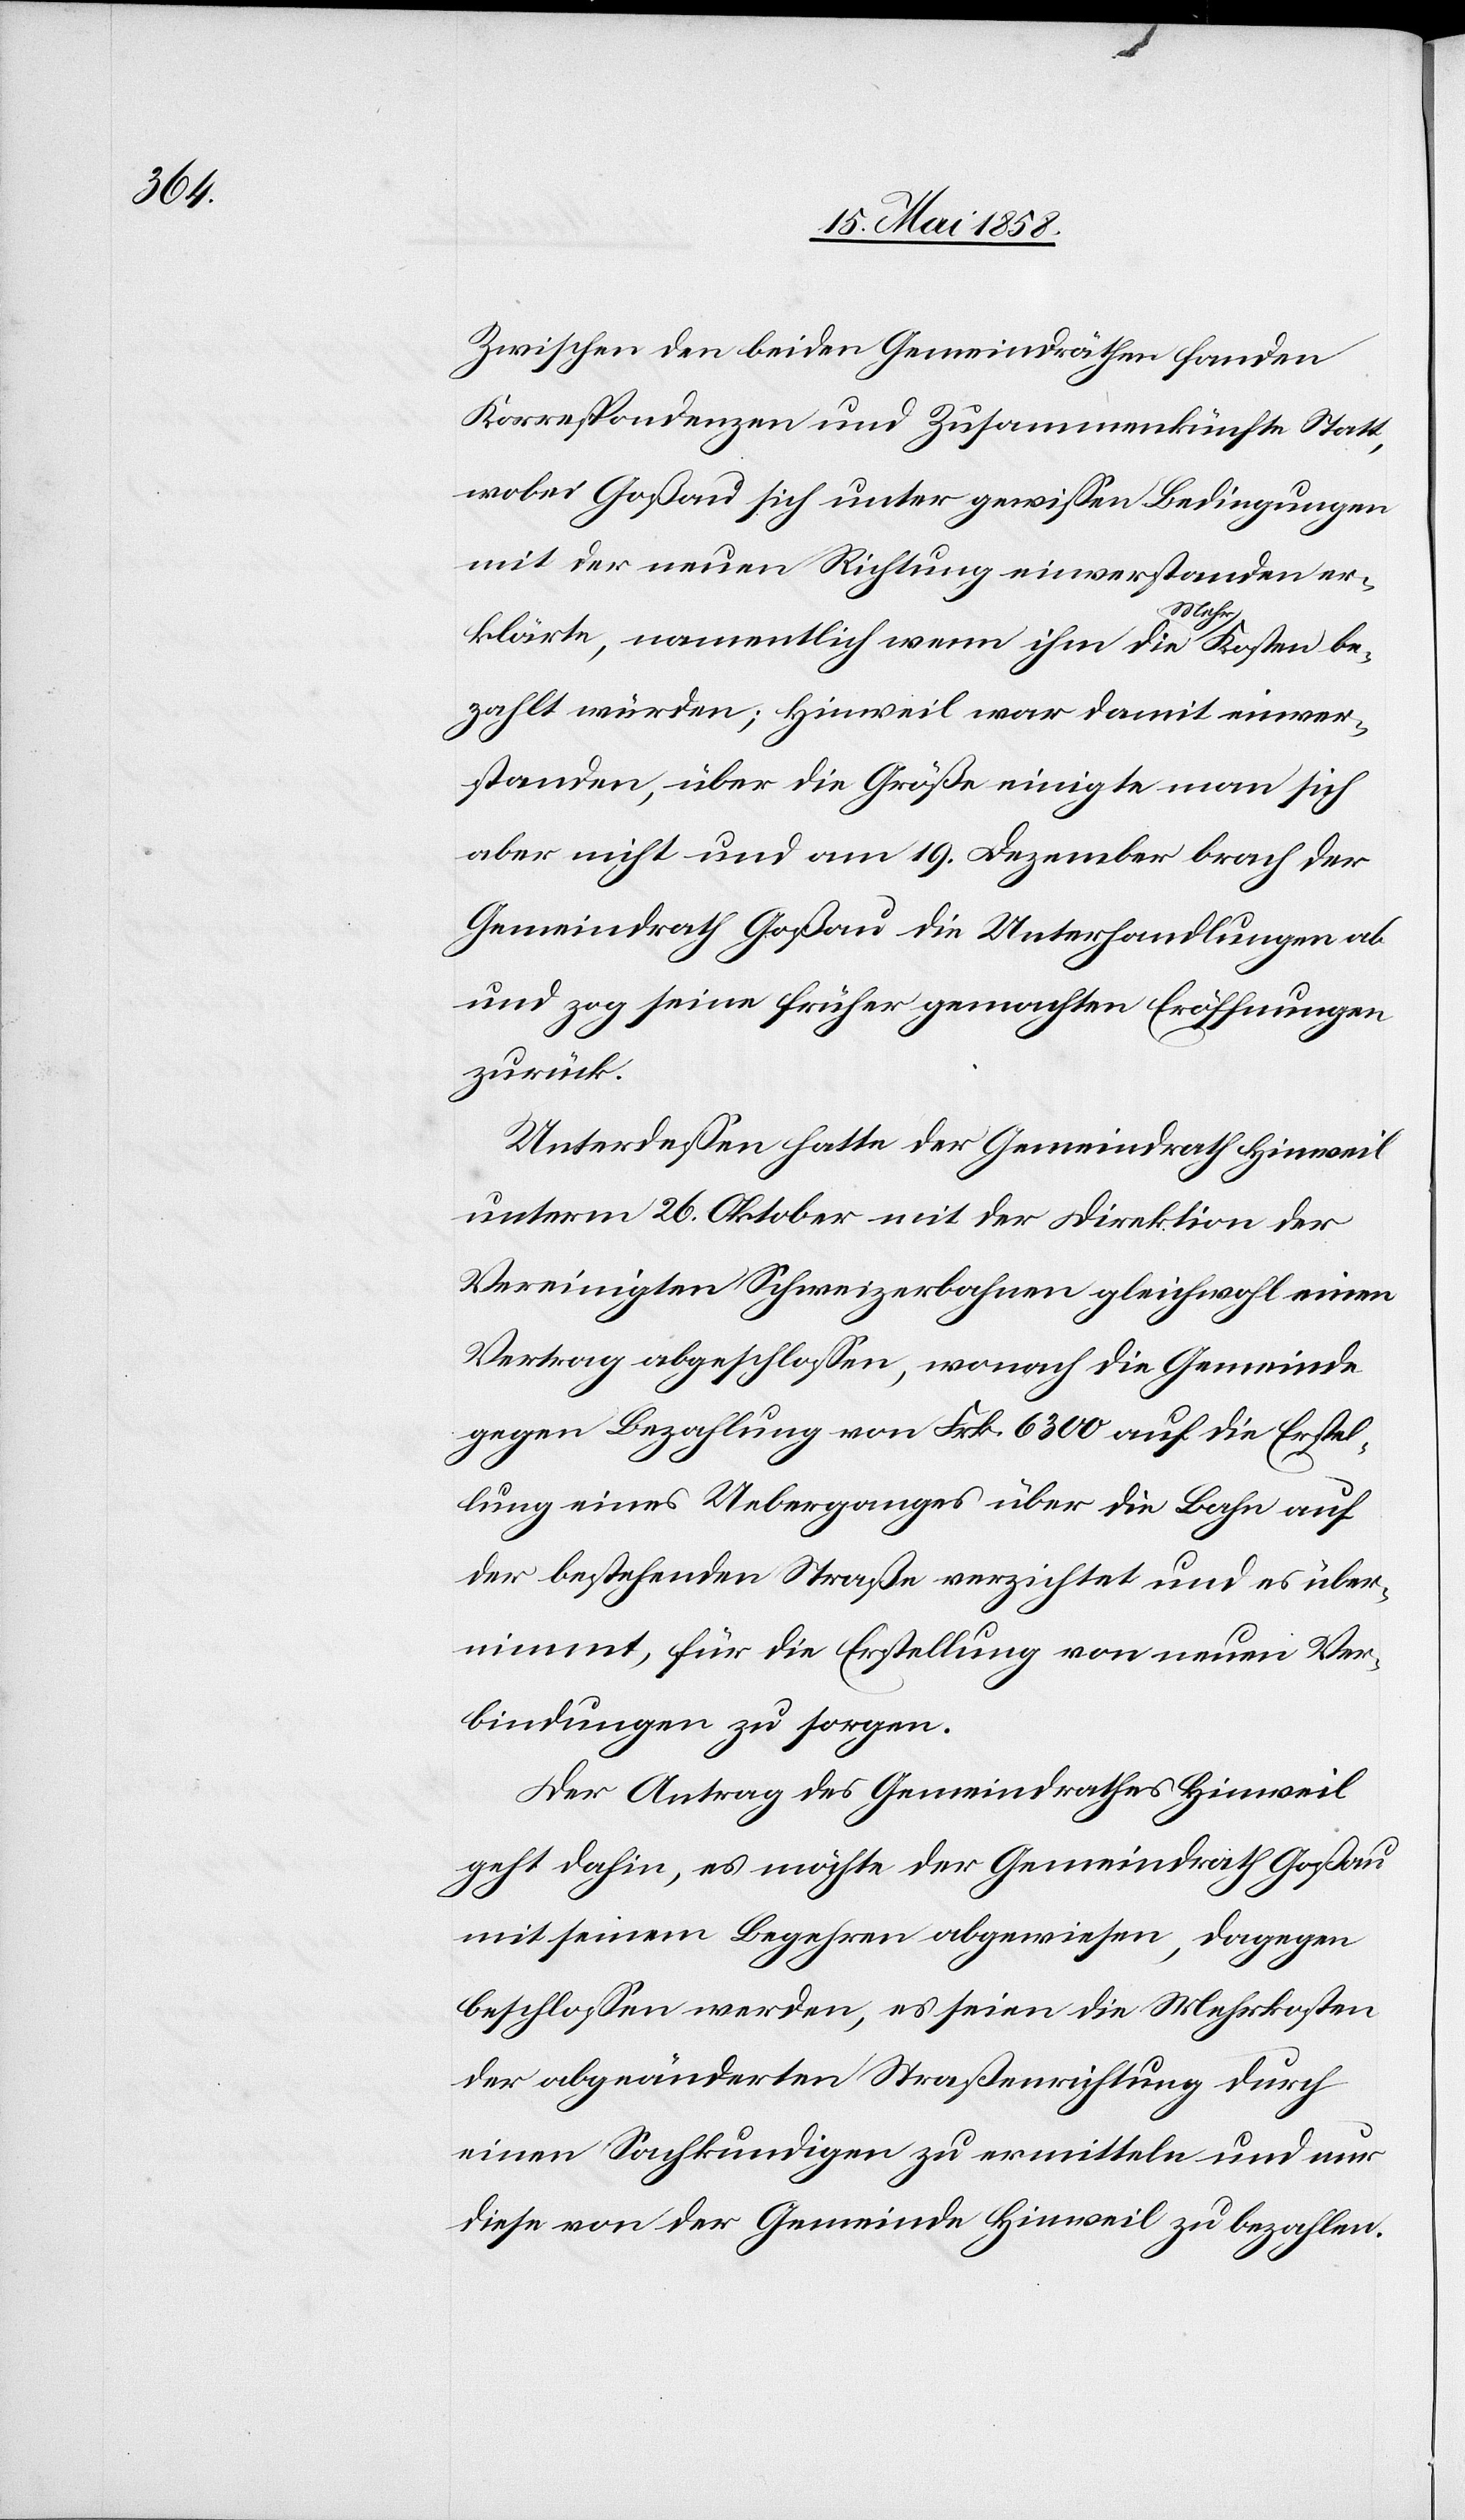
Zwischen den beiden Gemeindräthen fanden
Korrespondenzen und Zusammenkünfte Statt,
wobei Goßau sich unter gewissen Bedingungen
mit der neuen Richtung einverstanden er¬
klärte, namentlich wenn ihm die Mehr-Kosten be¬
zahlt würden; Hinweil war damit einver¬
standen, über die Größe einigte man sich
aber nicht und am 19. Dezember brach der
Gemeindrath Goßau die Unterhandlungen ab
und zog seine früher gemachten Eröffnungen
zurück.
Unterdessen hatte der Gemeindrath Hinweil
unterm 26. Oktober mit der Direktion der
Vereinigten Schweizerbahnen gleichwohl einen
Vertrag abgeschlossen, wonach die Gemeinde
gegen Bezahlung von Frk. 6300 auf die Erstel¬
lung eines Ueberganges über die Bahn auf
der bestehenden Straße verzichtet und es über¬
nimmt, für die Erstellung von neuen Ver¬
bindungen zu sorgen.
Der Antrag des Gemeindrathes Hinweil
geht dahin, es möchte der Gemeindrath Goßau
mit seinem Begehren abgewiesen, dagegen
beschlossen werden, es seien die Mehrkosten
der abgeänderten Straßenrichtung durch
einen Sachkundigen zu ermitteln und nur
diese von der Gemeinde Hinweil zu bezahlen.